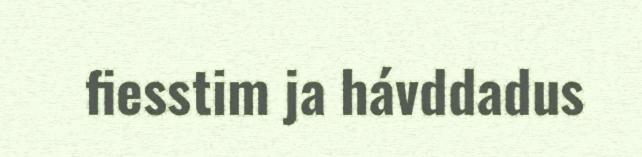
fiesstim ja hávddadus